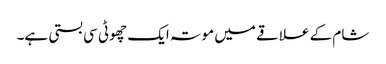
شام کے علاقے میں موتہ ایک چھوٹی سی بستی ہے۔